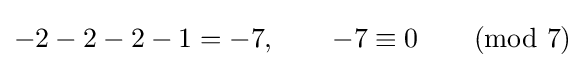
-2-2-2-1=-7,\qquad -7\equiv 0\quad {\pmod {7}}